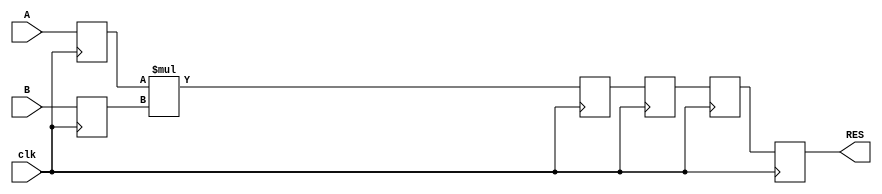
/*
Example from: https://www.xilinx.com/support/documentation/sw_manuals/xilinx2019_1/ug901-vivado-synthesis.pdf [p. 89].
*/

// Unsigned 16x24-bit Multiplier
// 1 latency stage on operands
// 3 latency stage after the multiplication
//
module mul_unsigned (clk, A, B, RES);
parameter WIDTHA = /*16*/ 6;
parameter WIDTHB = /*24*/ 9;
input clk;
input [WIDTHA-1:0] A;
input [WIDTHB-1:0] B;
output [WIDTHA+WIDTHB-1:0] RES;
reg [WIDTHA-1:0] rA;
reg [WIDTHB-1:0] rB;
reg [WIDTHA+WIDTHB-1:0] M [3:0];
integer i;
always @(posedge clk)
 begin
 rA <= A;
 rB <= B;
 M[0] <= rA * rB;
 for (i = 0; i < 3; i = i+1)
 M[i+1] <= M[i];
 end
assign RES = M[3];
endmodule